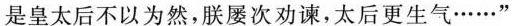
是皇太后不以为然，朕屡次劝谏，太后更生气……”